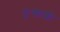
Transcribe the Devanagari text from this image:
दुःखाशी